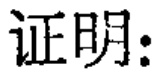
证明: